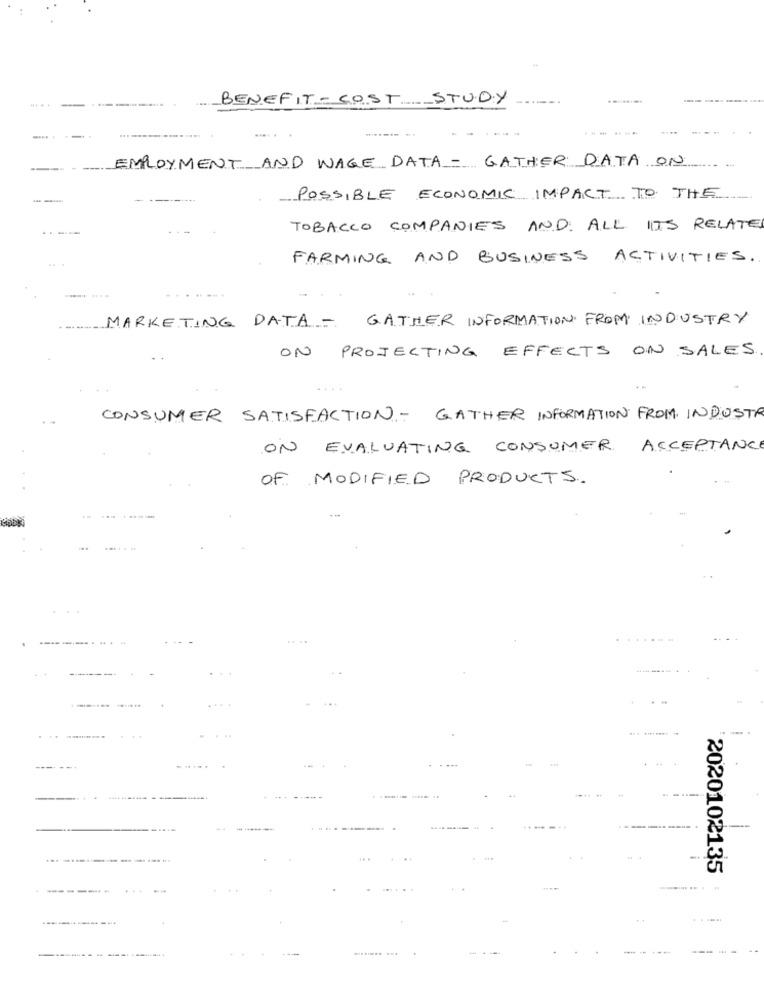
--
BENEFIT-COST STUDY
. -
....
EMPLOYMENT AND WAGE DATA - GATHER DATA ON
POSSIBLE ECONOMIC IMPACT TO THE
----
---
TOBACCO COMPANIES AND ALL ITS RELATED
FARMING AND BUSINESS ACTIVITIES.
......
MARKETING DATA - GATHER INFORMATION FROM INDUSTRY
ON PROJECTING EFFECTS ON SALES
CONSUMER SATISFACTION - GATHER INFORMATION FROM INDUSTR
ON EVALUATING CONSUMER ACCEPTANCE
OF MODIFIED PRODUCTS.
--------
.. .
...
---
....
2020102135
-- +
.-..